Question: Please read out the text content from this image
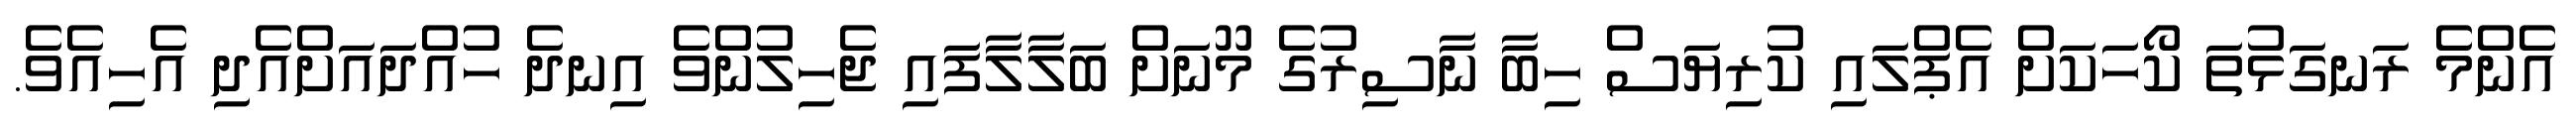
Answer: އެންމެ ރަނގަޅުތަ ކޯހަކަށް އެޕްލައި ކުރިޔަސް ހިބާ ނާސިރުގެ މޫނަށް ބަލާލާފައި ޖެހިލުންވެ އިނދެ ހުއްދައަށްއެދި އެހިއެވެ.